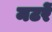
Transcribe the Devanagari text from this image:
मटरें